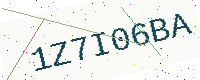
Text: 1Z7I06BA